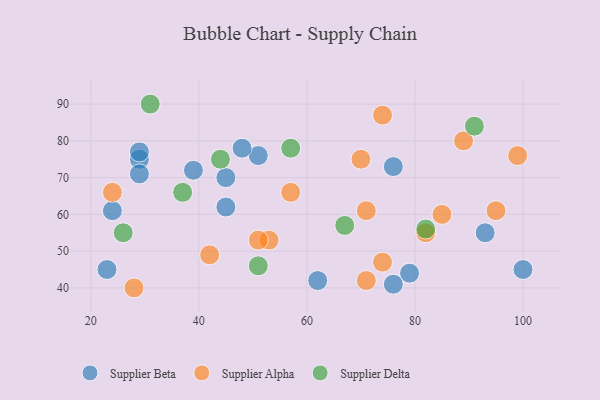
{"axis": {"x": "GDP", "y": "Life Expectancy"}, "legend": ["Supplier Alpha", "Supplier Beta", "Supplier Delta"], "data": [{"x": "79", "y": 44, "type": "Supplier Beta"}, {"x": "29", "y": 75, "type": "Supplier Beta"}, {"x": "29", "y": 71, "type": "Supplier Beta"}, {"x": "23", "y": 45, "type": "Supplier Beta"}, {"x": "24", "y": 61, "type": "Supplier Beta"}, {"x": "76", "y": 41, "type": "Supplier Beta"}, {"x": "51", "y": 76, "type": "Supplier Beta"}, {"x": "62", "y": 42, "type": "Supplier Beta"}, {"x": "45", "y": 62, "type": "Supplier Beta"}, {"x": "100", "y": 45, "type": "Supplier Beta"}, {"x": "76", "y": 73, "type": "Supplier Beta"}, {"x": "48", "y": 78, "type": "Supplier Beta"}, {"x": "39", "y": 72, "type": "Supplier Beta"}, {"x": "45", "y": 70, "type": "Supplier Beta"}, {"x": "29", "y": 77, "type": "Supplier Beta"}, {"x": "93", "y": 55, "type": "Supplier Beta"}, {"x": "71", "y": 61, "type": "Supplier Alpha"}, {"x": "71", "y": 42, "type": "Supplier Alpha"}, {"x": "85", "y": 60, "type": "Supplier Alpha"}, {"x": "74", "y": 87, "type": "Supplier Alpha"}, {"x": "99", "y": 76, "type": "Supplier Alpha"}, {"x": "28", "y": 40, "type": "Supplier Alpha"}, {"x": "70", "y": 75, "type": "Supplier Alpha"}, {"x": "74", "y": 47, "type": "Supplier Alpha"}, {"x": "42", "y": 49, "type": "Supplier Alpha"}, {"x": "53", "y": 53, "type": "Supplier Alpha"}, {"x": "24", "y": 66, "type": "Supplier Alpha"}, {"x": "51", "y": 53, "type": "Supplier Alpha"}, {"x": "89", "y": 80, "type": "Supplier Alpha"}, {"x": "57", "y": 66, "type": "Supplier Alpha"}, {"x": "82", "y": 55, "type": "Supplier Alpha"}, {"x": "95", "y": 61, "type": "Supplier Alpha"}, {"x": "37", "y": 66, "type": "Supplier Delta"}, {"x": "67", "y": 57, "type": "Supplier Delta"}, {"x": "44", "y": 75, "type": "Supplier Delta"}, {"x": "51", "y": 46, "type": "Supplier Delta"}, {"x": "31", "y": 90, "type": "Supplier Delta"}, {"x": "82", "y": 56, "type": "Supplier Delta"}, {"x": "26", "y": 55, "type": "Supplier Delta"}, {"x": "57", "y": 78, "type": "Supplier Delta"}, {"x": "91", "y": 84, "type": "Supplier Delta"}]}